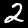
Label: 2